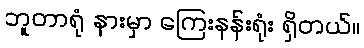
ဘူတာရုံ နားမှာ ကြေးနန်းရုံး ရှိတယ်။